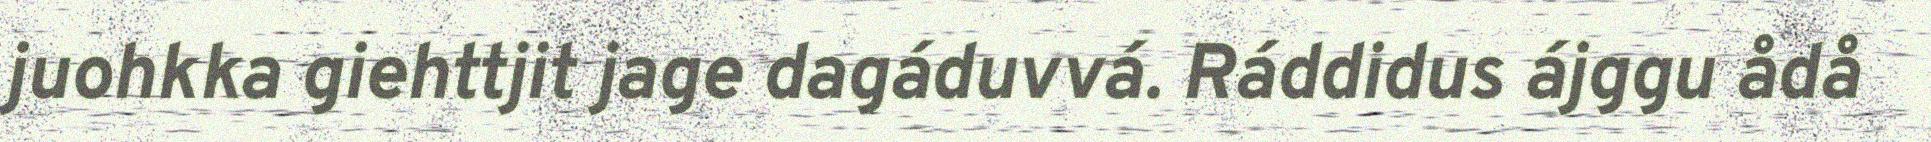
juohkka giehttjit jage dagáduvvá. Ráddidus ájggu ådå